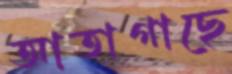
আতাগাছে